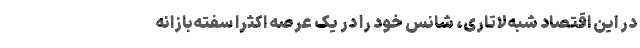
در این اقتصاد شبه‌لاتاری، شانس خود را در یک عرصه اکثراً سفته‌بازانه